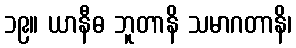
၁၉။ ယာနီဓ ဘူတာနိ သမာဂတာနိ၊